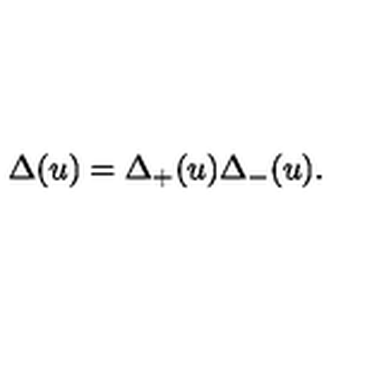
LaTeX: \Delta ( u ) = \Delta _ { + } ( u ) \Delta _ { - } ( u ) .